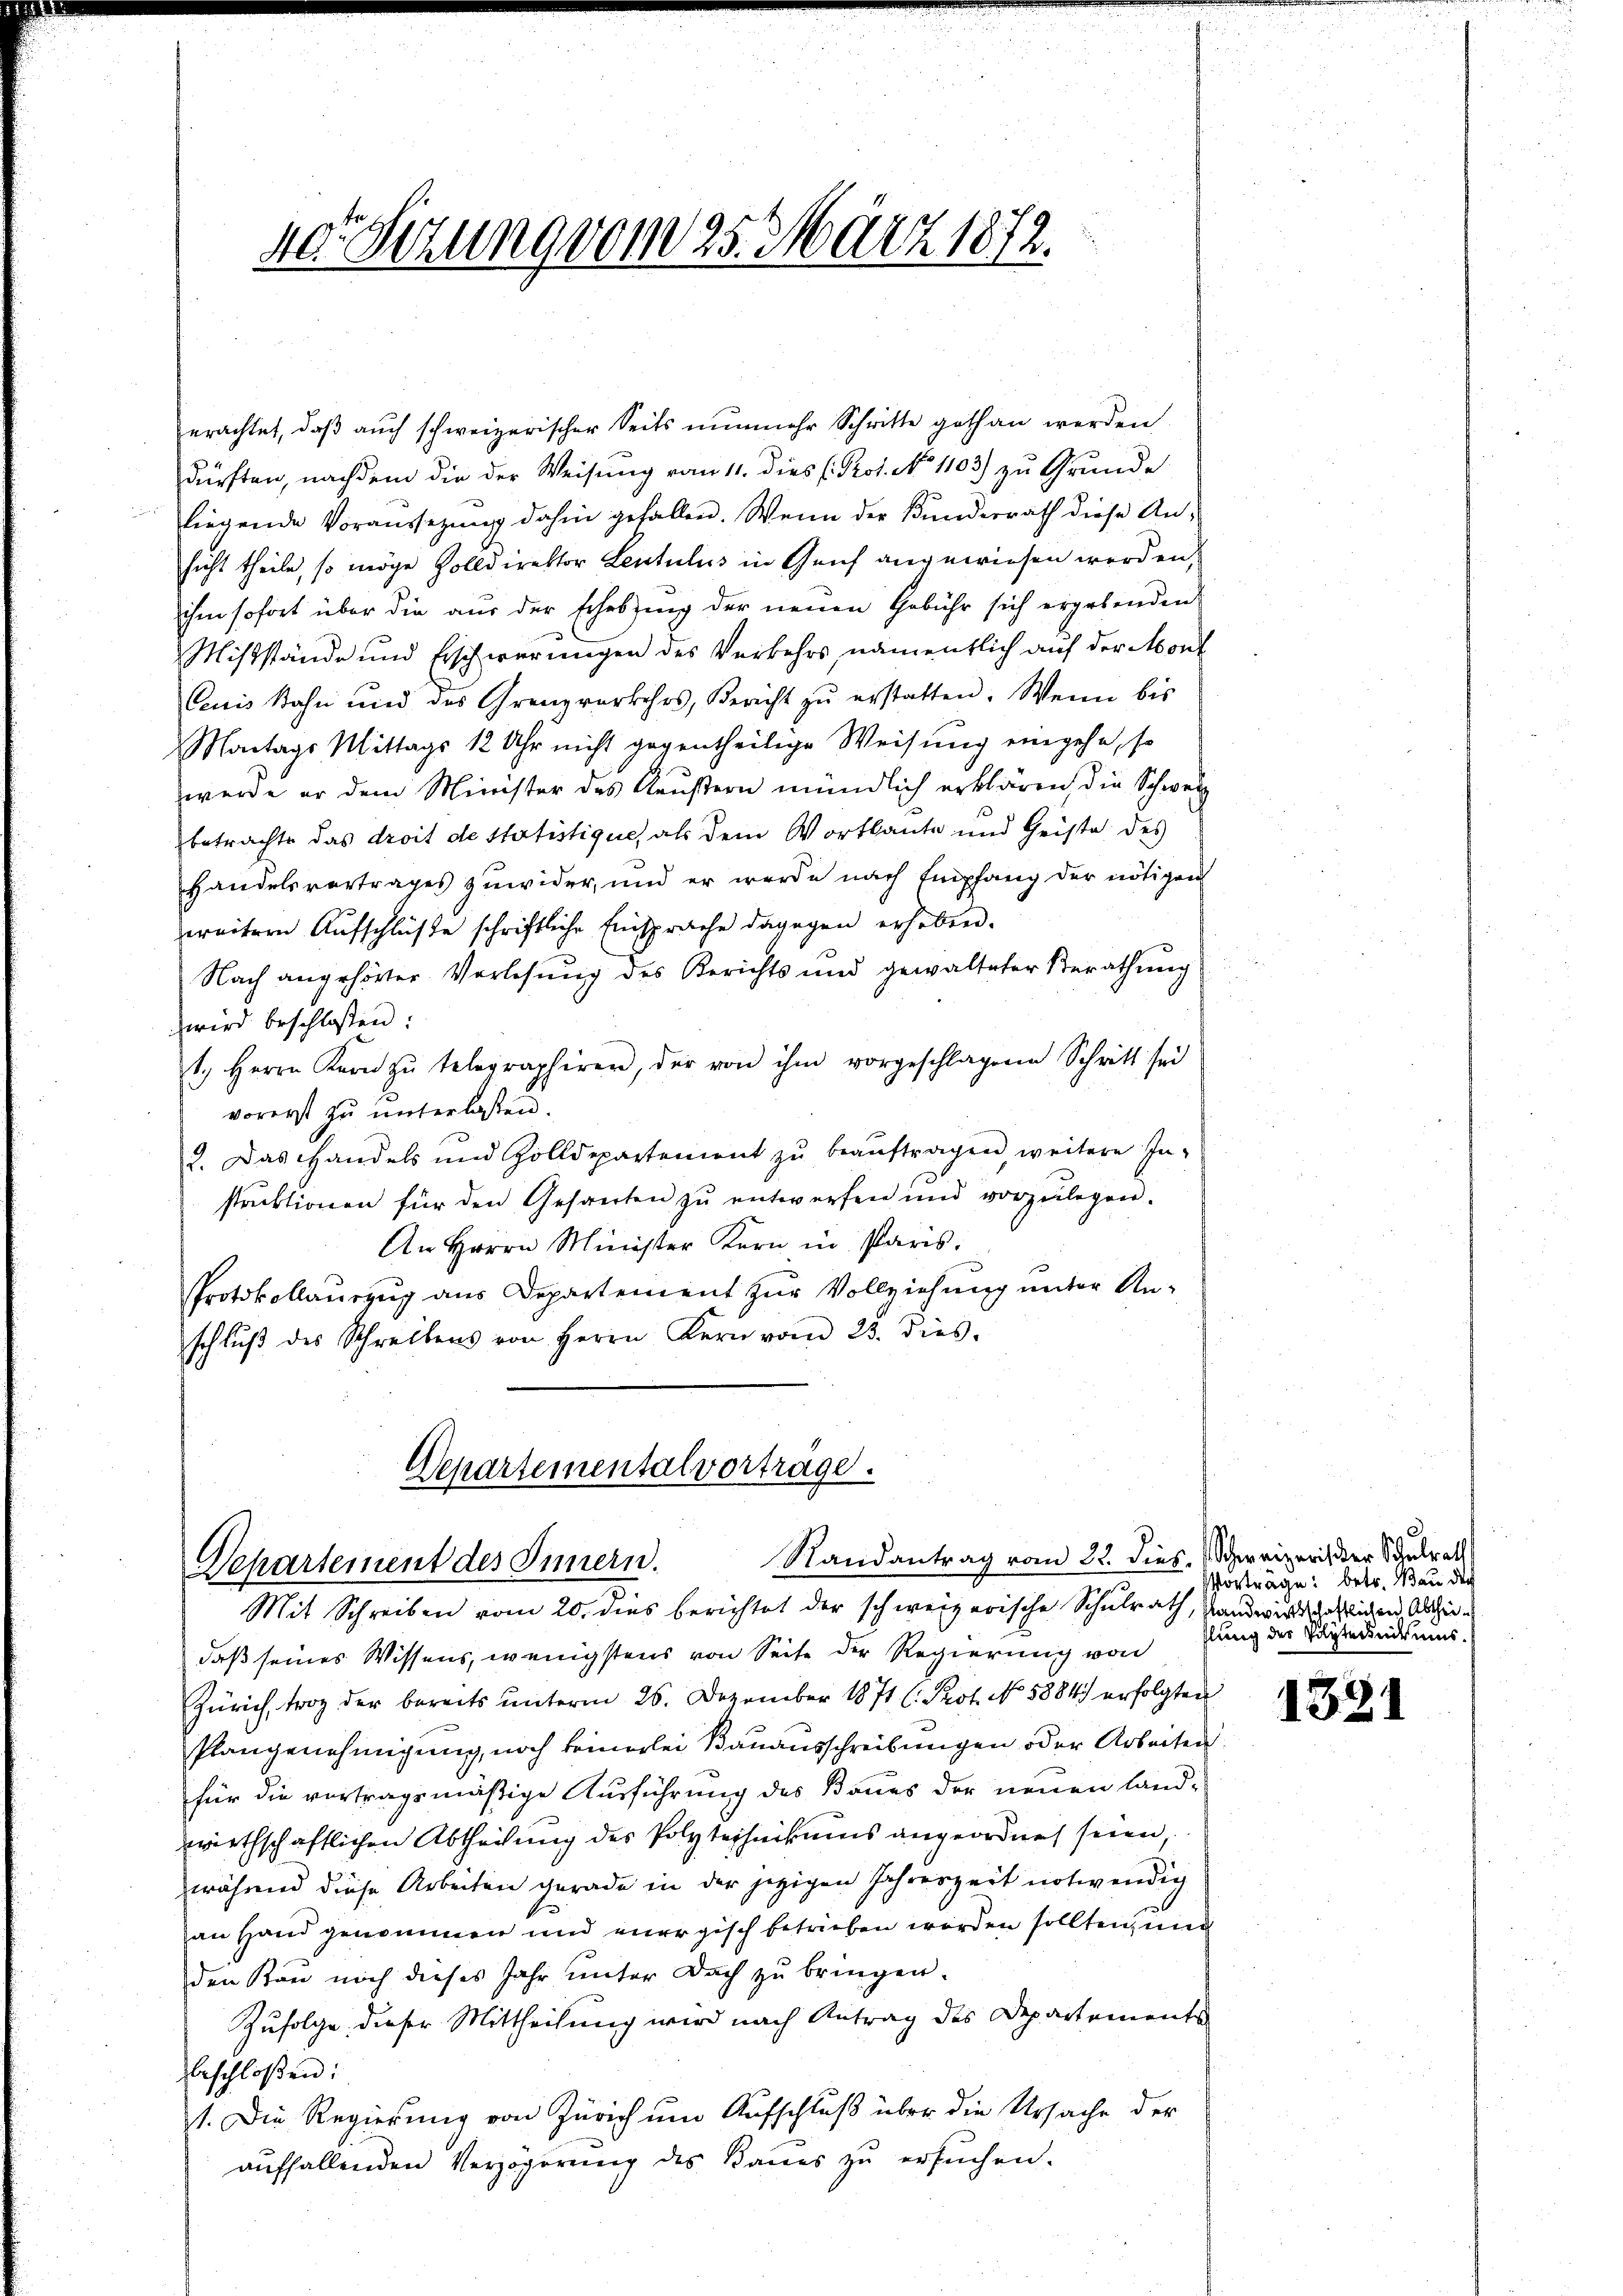
40 Setzung vom 25. März 1872.

erachtet, daß auch schweizerischer Seits nunmehr Schritte gethan werden.
dürften, nachdem die der Weisung vom 11. dies (Prot. No 1103) zu Grunde
liegende Voraussezung dahin gefallen. Wenn der Kunderrath diese Ansicht theile, so möge Zolldirektor Leutulus in Genf angewiesen werden,
ihm sofort über die aus der Erhebung der neuen Gebühr sich ergebenden
Mißstände und Erschwerungen des Verkehrs, namentlich auf der Mont
Cuis Bahn und des Grenzverkehrs, Bericht zŭ erstatten. Wenn bis
Montags Mittags 12 Uhr nicht gegentheilige Weisung eingehe, so
werde er dem Minister des Reustern mündlich erklären, die Schweiz
betrachte das droit de statistique, als dem Wortlaute und Geiste des
Handelsvortrages zuwider, und er werde nach Empfang der nötigen
zweitern Aufschlüße schriftliche Einsprache dagegen erheben.
Nach angehörter Vorlesung des Berichts und gewalteter Berathung
wird beschlossen:
1. Herrn Kern zŭ telegraphirer, der von ihm vorgeschlagene Schritt sei
vorerst zu unterlassen.
2. Das andels und Zolldepartement zŭ beaŭftragen weitere In-
struktionen für den Gesanten zŭ entwerfen und vorzŭlegen.
An Herrn Minister Kern in Paris.
Protokollauszug aus Departement zur Vollziehung unter An-
schlŭβ des Schreibens von Herrn Kern vom 23. dies

Departementalvortrage.
Randantrag vom 22. dies. Schweizerischer Schulrath
Departement des Innern.
Mit Schreiben vom 20. dies berichtet der schweizerische Schulrath, stand wird schätzlichen Abthei¬

daß seines Wissens, wenigstens von Seite der Regierung von
Zürich, troz der bereits unterm 26. Dezember 1871 l. Prot. No. 5884) erfolgten
Plangenehmigung, noch keinerlei Bauausschreibungen oder Arbeiten
für die vertragsmäßige Ausführung des Baues der neuen Landwirthschaftlichen Abtheilung des Polytechnikums angeordnet seien,
während diese Arbeiten gerade in der jezigen Jahreszeit notwendig
1
an Hand genommen und energisch betrieben worden sollten, und
den Kau noch dieses Jahr unter Doch zu bringen.
Zufolge dieser Mittheilung wird nach Antrag des Departemente
beschloßen:
1. Die Regierung von Zürich um Aufschluß über die Ursache der
auffallenden Verzögerung des Baues zu ersuchen.

Vorträge: betr. Bau dich
fling des Pilzternitums.

1381